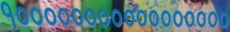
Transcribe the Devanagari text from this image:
१०००००००००००००००००